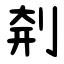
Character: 㓫